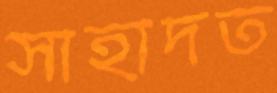
সাহাদত